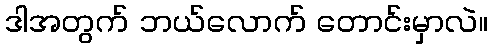
ဒါအတွက် ဘယ်လောက် တောင်းမှာလဲ။